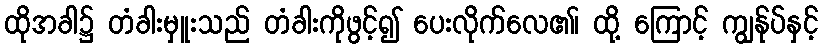
ထိုအခါ၌ တံခါးမှူးသည် တံခါးကိုဖွင့်၍ ပေးလိုက်လေ၏၊ ထို့ ကြောင့် ကျွန်ုပ်နှင့်